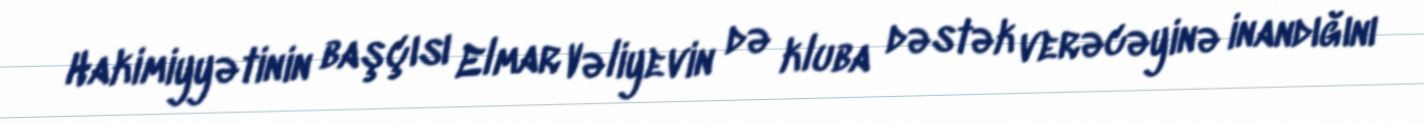
Hakimiyyətinin başçısı Elmar Vəliyevin də kluba dəstək verəcəyinə inandığını